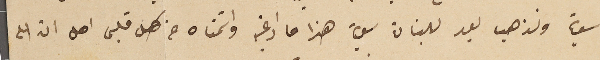
سوية ونذهب بعد للبنان سوية هذا ما ادعيته واتمناه من كل قلبى اهل ان الله